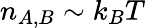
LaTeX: n_{A,B}\sim k_{B}T